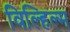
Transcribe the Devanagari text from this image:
विल्हिल्म